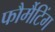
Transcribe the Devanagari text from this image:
फौर्मैटिंग